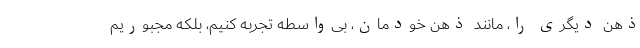
ذهن دیگری را، مانند ذهن خودمان، بی‌واسطه تجربه کنیم، بلکه مجبوریم